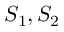
S _ { 1 } , S _ { 2 }